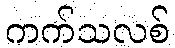
ကက်သလစ်